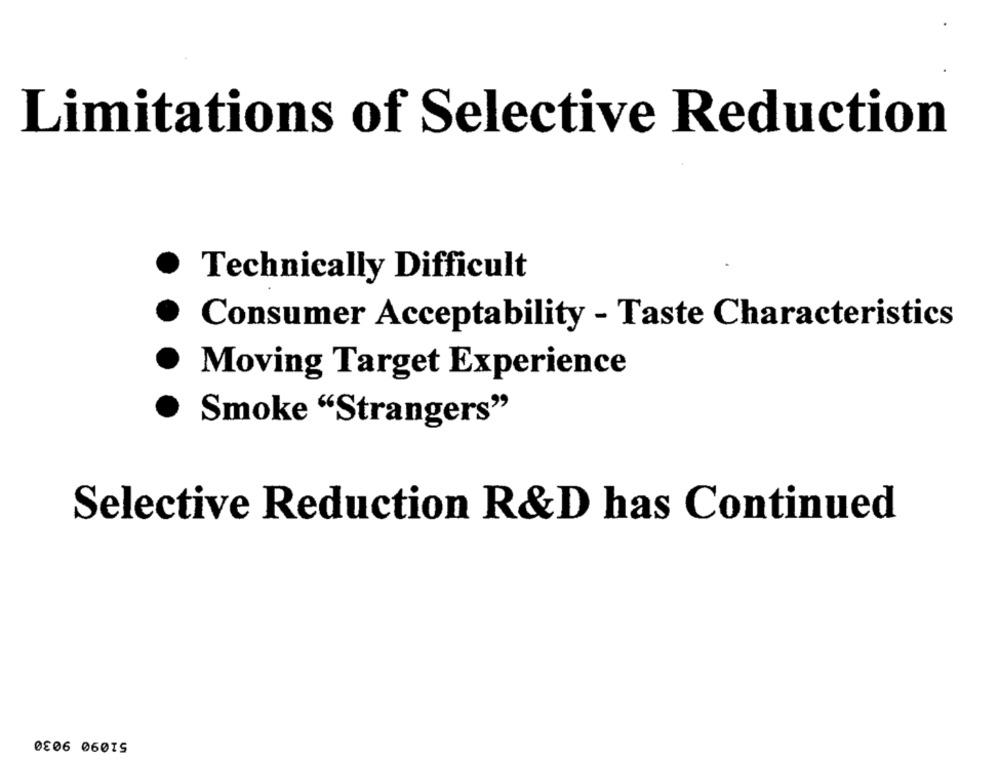
Limitations of Selective Reduction
Technically Difficult
Consumer Acceptability - Taste Characteristics
Moving Target Experience
Smoke "Strangers"
Selective Reduction R&D has Continued
51090 9030